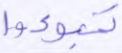
تبوءوا